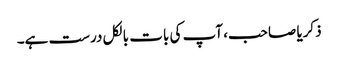
ذکریا صاحب، آپ کی بات بالکل درست ہے۔